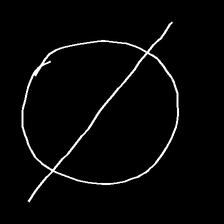
Glyph: orb